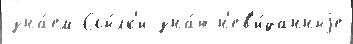
зна́ем Ссы́лк'и зна́ю н'ев'и́данныjе